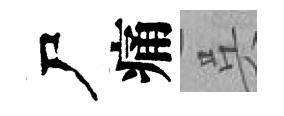
尸痛呉